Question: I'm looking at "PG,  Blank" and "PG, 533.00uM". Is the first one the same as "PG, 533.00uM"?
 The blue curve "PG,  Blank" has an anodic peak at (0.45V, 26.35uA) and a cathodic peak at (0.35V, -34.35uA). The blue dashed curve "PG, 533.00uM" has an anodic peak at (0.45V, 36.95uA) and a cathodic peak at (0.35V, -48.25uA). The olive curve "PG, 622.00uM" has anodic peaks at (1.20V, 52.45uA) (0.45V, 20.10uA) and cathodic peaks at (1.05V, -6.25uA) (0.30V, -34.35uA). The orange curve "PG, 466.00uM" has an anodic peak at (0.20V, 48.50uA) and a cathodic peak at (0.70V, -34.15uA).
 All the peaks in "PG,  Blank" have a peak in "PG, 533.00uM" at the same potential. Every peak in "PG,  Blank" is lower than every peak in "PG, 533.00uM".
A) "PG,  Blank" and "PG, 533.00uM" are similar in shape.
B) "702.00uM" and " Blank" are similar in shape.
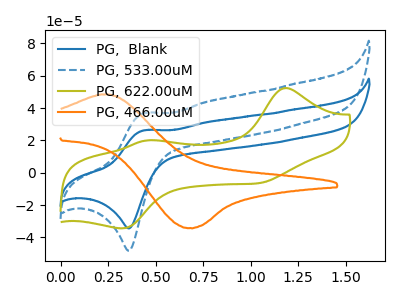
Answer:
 <answer>A) "PG,  Blank" and "PG, 533.00uM" are similar in shape.</answer>
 <eval>A</eval>